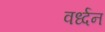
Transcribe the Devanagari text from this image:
वर्ध्दन